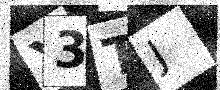
Text: Y3TJ